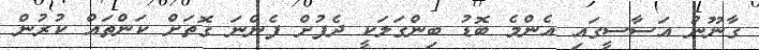
ގާނޫނު އަސާސީގައި އެންމެ ބޮޑު ބިންގަލަކީ ދެފުށް ފެންނަ ގޮތަށް ކަންތައް ކުރުން